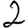
Digit: 2